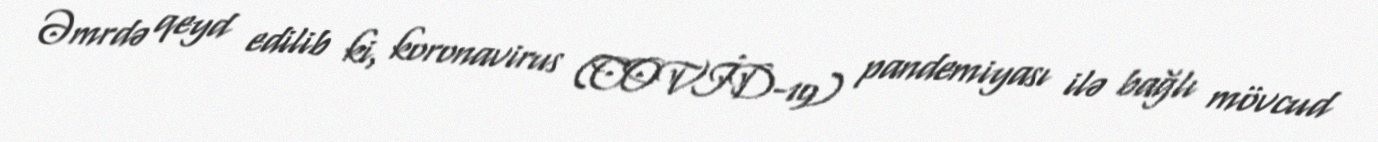
Əmrdə qeyd edilib ki, koronavirus (COVİD-19) pandemiyası ilə bağlı mövcud